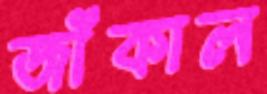
জাঁকাল